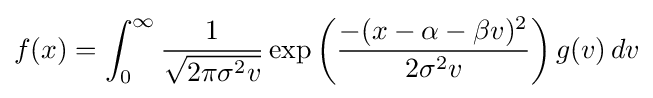
f(x)=\int _{0}^{\infty }{\frac {1}{\sqrt {2\pi \sigma ^{2}v}}}\exp \left({\frac {-(x-\alpha -\beta v)^{2}}{2\sigma ^{2}v}}\right)g(v)\,dv